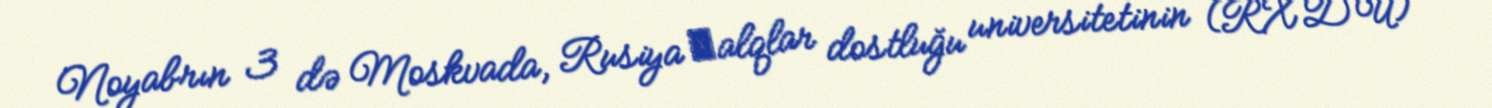
Noyabrın 3 də Moskvada, Rusiya хalqlar dostluğu universitetinin (RXDU)